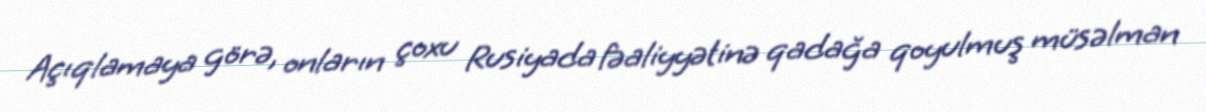
Açıqlamaya görə, onların çoxu Rusiyada fəaliyyətinə qadağa qoyulmuş müsəlman